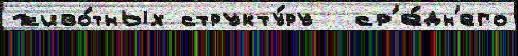
живо́тных структу́ру  ср'е́дн'его